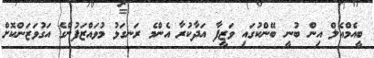
ބީއެމްއެލް އިން ބުނީ ބޭންކުގައި ވަޒީފާ އަދާކުރާ އެންމެ ރަނގަޅު މުވައްޒަފުންގެ އަގުވަޒަންކޮށް